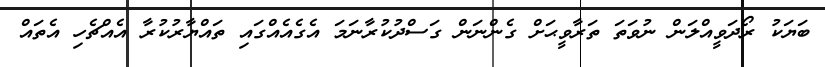
ބަޔަކު ރޯދަވީއްލަން ނުވަތަ ތަރާވީޙަށް ގެންނަން ގަސްދުކުރާނަމަ އެގެއެއްގައި ތައްޔާރުކުރާ އެއްޗެހި އެތައް